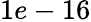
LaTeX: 1e-16